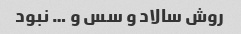
روش سالاد و سس و … نبود